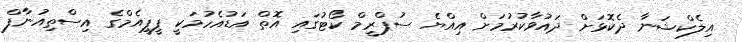
އިލެކްޝަނާ ދެކޮޅަށް ދައުވާކުރުމަށް އިއްޔެ ސުޕްރީމް ކޯޓުގައި އޮތް އަޑުއެހުމަކީ ޕީޕީއެމްގެ އިސްތިއުނާފް